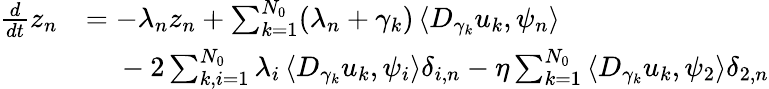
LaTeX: \begin{array}{rl}{\frac{d}{dt}z_{n}}&{=-\lambda_{n}z_{n}+\sum_{k=1}^{N_{0}}(\lambda_{n}+\gamma_{k})\left<D_{\gamma_{k}}u_{k},\psi_{n}\right>}\\ &{\phantom{=}\; -2\sum_{k,i=1}^{N_{0}}\lambda_{i}\left<D_{\gamma_{k}}u_{k},\psi_{i}\right>\delta_{i,n}-\eta\sum_{k=1}^{N_{0}}\left<D_{\gamma_{k}}u_{k},\psi_{2}\right>\delta_{2,n}}\end{array}